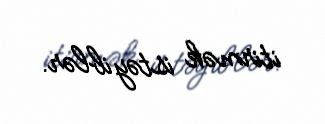
itirmək istəyiblər.